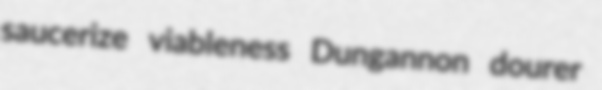
saucerize viableness Dungannon dourer